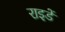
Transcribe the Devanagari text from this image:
राइडें